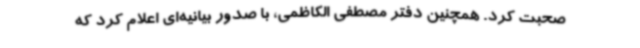
صحبت کرد. همچنین دفتر مصطفی الکاظمی، با صدور بیانیه‌ای اعلام کرد که